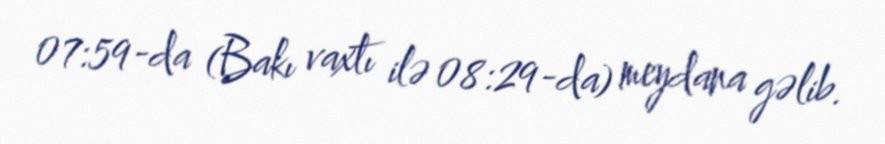
07:59-da (Bakı vaxtı ilə 08:29-da) meydana gəlib.